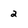
Character: 2